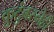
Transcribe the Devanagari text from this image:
कुटुंबस्नेही